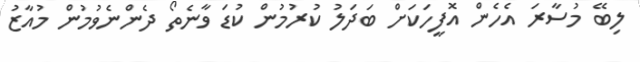
ލިބޭ މުސާރަ އެހެން އޮފީހަކަށް ބަދަލު ކުރުމުން ކުޑަ ވާނެތޯ ދެންނެވުމުން މުއާޒު